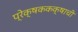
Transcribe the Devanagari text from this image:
प्रेक्षककक्षाची